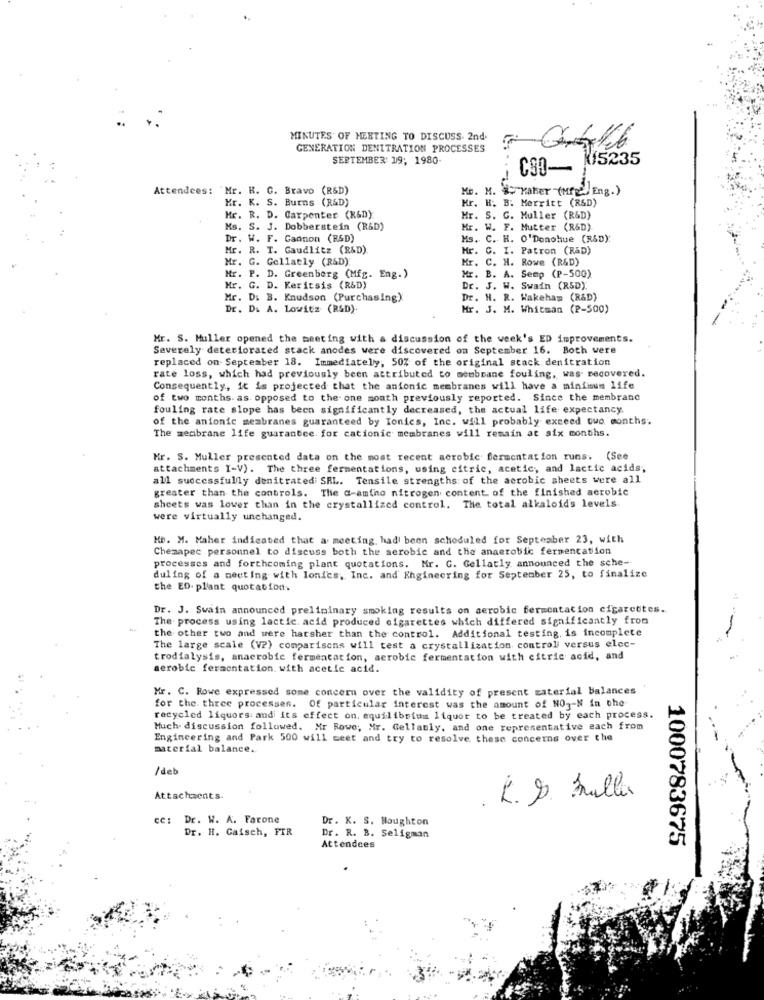
MINUTES OF MEETING TO DISCUSS. 2nd
GENERATION DENITRATION PROCESSES
SEPTEMBER 19; 1980-
CSO- 15235
Attendees: "Mr. R. C. Bravo (R&D)
Mr. M. # :- raher (MP) Eng.)
Kr. K. S. Burns (R&D)
Mr. H. B. Merritt (R&D)
Mr. R. D. Carpenter (R&D)
Mr. S. G. Muller (R&D)
Ms. S. J. Dobberstein (R&D)
Mr. W. F. Mutter (R&D)
Dr. W. F. Cannon (R&D)
Ms. C. H. O'Donohue (R&D):
Mr. R. T. Gaudlitz (R&D).
Mr. C. I. Patron (R&D)
Mr. G. Gellatly (R&D):
Mr. C. H. Rowe (R&D)
Mr. P. D. Greenberg (Mfg. Eng.)
Mr. B. A. Semp (P-500).
Mr. G. D. Keritsis (R&D)
Dr. J. W. Swain (R&D)
Mr. D. B. Knudson (Purchasing)
Dr. H. R. Wakeham (R&D)
Dr. D. A. Lowitz (RSD).
Mr. J. M. Whitman (P-500)
Mr. S. Muller opened the meeting with a discussion of the week's ED improvements.
Severely deteriorated stack anodes were discovered on September 16. Both were
replaced on September 18. Immediately, 50% of the original stack denitration
rate loss, which had previously been attributed to membrane fouling, was recovered.
Consequently, it is projected that the anionic membranes will have a minimum life
of two months. as opposed to the one month previously reported. Since the membrane
fouling rate slope has been significantly decreased, the actual life expectancy.
of the anionic membranes guaranteed by Ionics, Inc. will probably exceed two months;
The membrane life guarantee for cationic membranes will remain at six months.
Mr. S. Muller presented data on the most recent aerobic fermentation runs. (See
attachments I-V). The three fermentations, using citric, acetic, and lactic acids,
all successfully denitratedi SRL. Tensile strengths of the aerobic sheets were all
greater than the controls. The a-amino nitrogen content of the finished aerobic
sheets was lower than in the crystallized control. The total alkaloid's levels.
were virtually unchanged.
Hp. M. Maher indicated that a meeting, had been scheduled for September 23, with
Chemapec personnel to discuss both the aerobic and the anaerobic fermencation
processes and forthcoming plant quotations. Mr. G. Gellatly announced the sche-
duling of a meeting with Ionics, Inc. and Engineering for September 25, to finalize
the ED. plant quotation.
Dr. J. Swain announced preliminary smoking results on aerobic fermentation cigarettes.
The process using lactic acid produced cigarettes which differed significantly from
the other two and were harsher than the control. Additional testing, is incomplete
The large scale (V2) comparisons will test a crystallization control versus elec-
trodialysis, anaerobic fermentation, aerobic fermentation with citric acid, and
aerobic fermentation. with acetic acid.
Mr. C. Rowe expressed some concern over the validity of present material balances
for the three processes. Of particular interest was the amount of NO -- N in the
recycled liquors and its effect on. equilibrium liquor to be treated by each process.
Much. discussion followed. Mr Rowe; Mr. Gellably, and one representative each from
Engineering and Park 500 will meet and try to resolve these concerns over the
material balance ..
/del
Attachments.
R. S. Fuller
Dr. W. A. Farone
Dr. K. S. Houghton
Dr. H. Caisch, FIR
Dr. R. B. Seligman
1000783675
Attendees